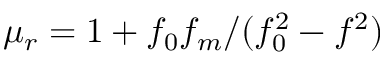
\mu _ { r } = 1 + f _ { 0 } f _ { m } / ( f _ { 0 } ^ { 2 } - f ^ { 2 } )